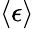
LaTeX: \left\langle\epsilon\right\rangle